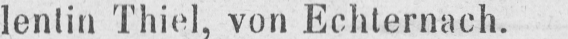
lentin Thiel, von Echternach.